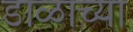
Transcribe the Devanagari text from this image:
डाळाच्या